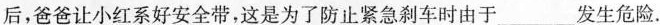
后，爸爸让小红系好安全带，这是为了防止紧急刹车时由于___发生危险。